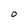
Character: O